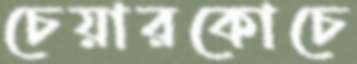
চেয়ারকোচে